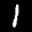
Label: 1